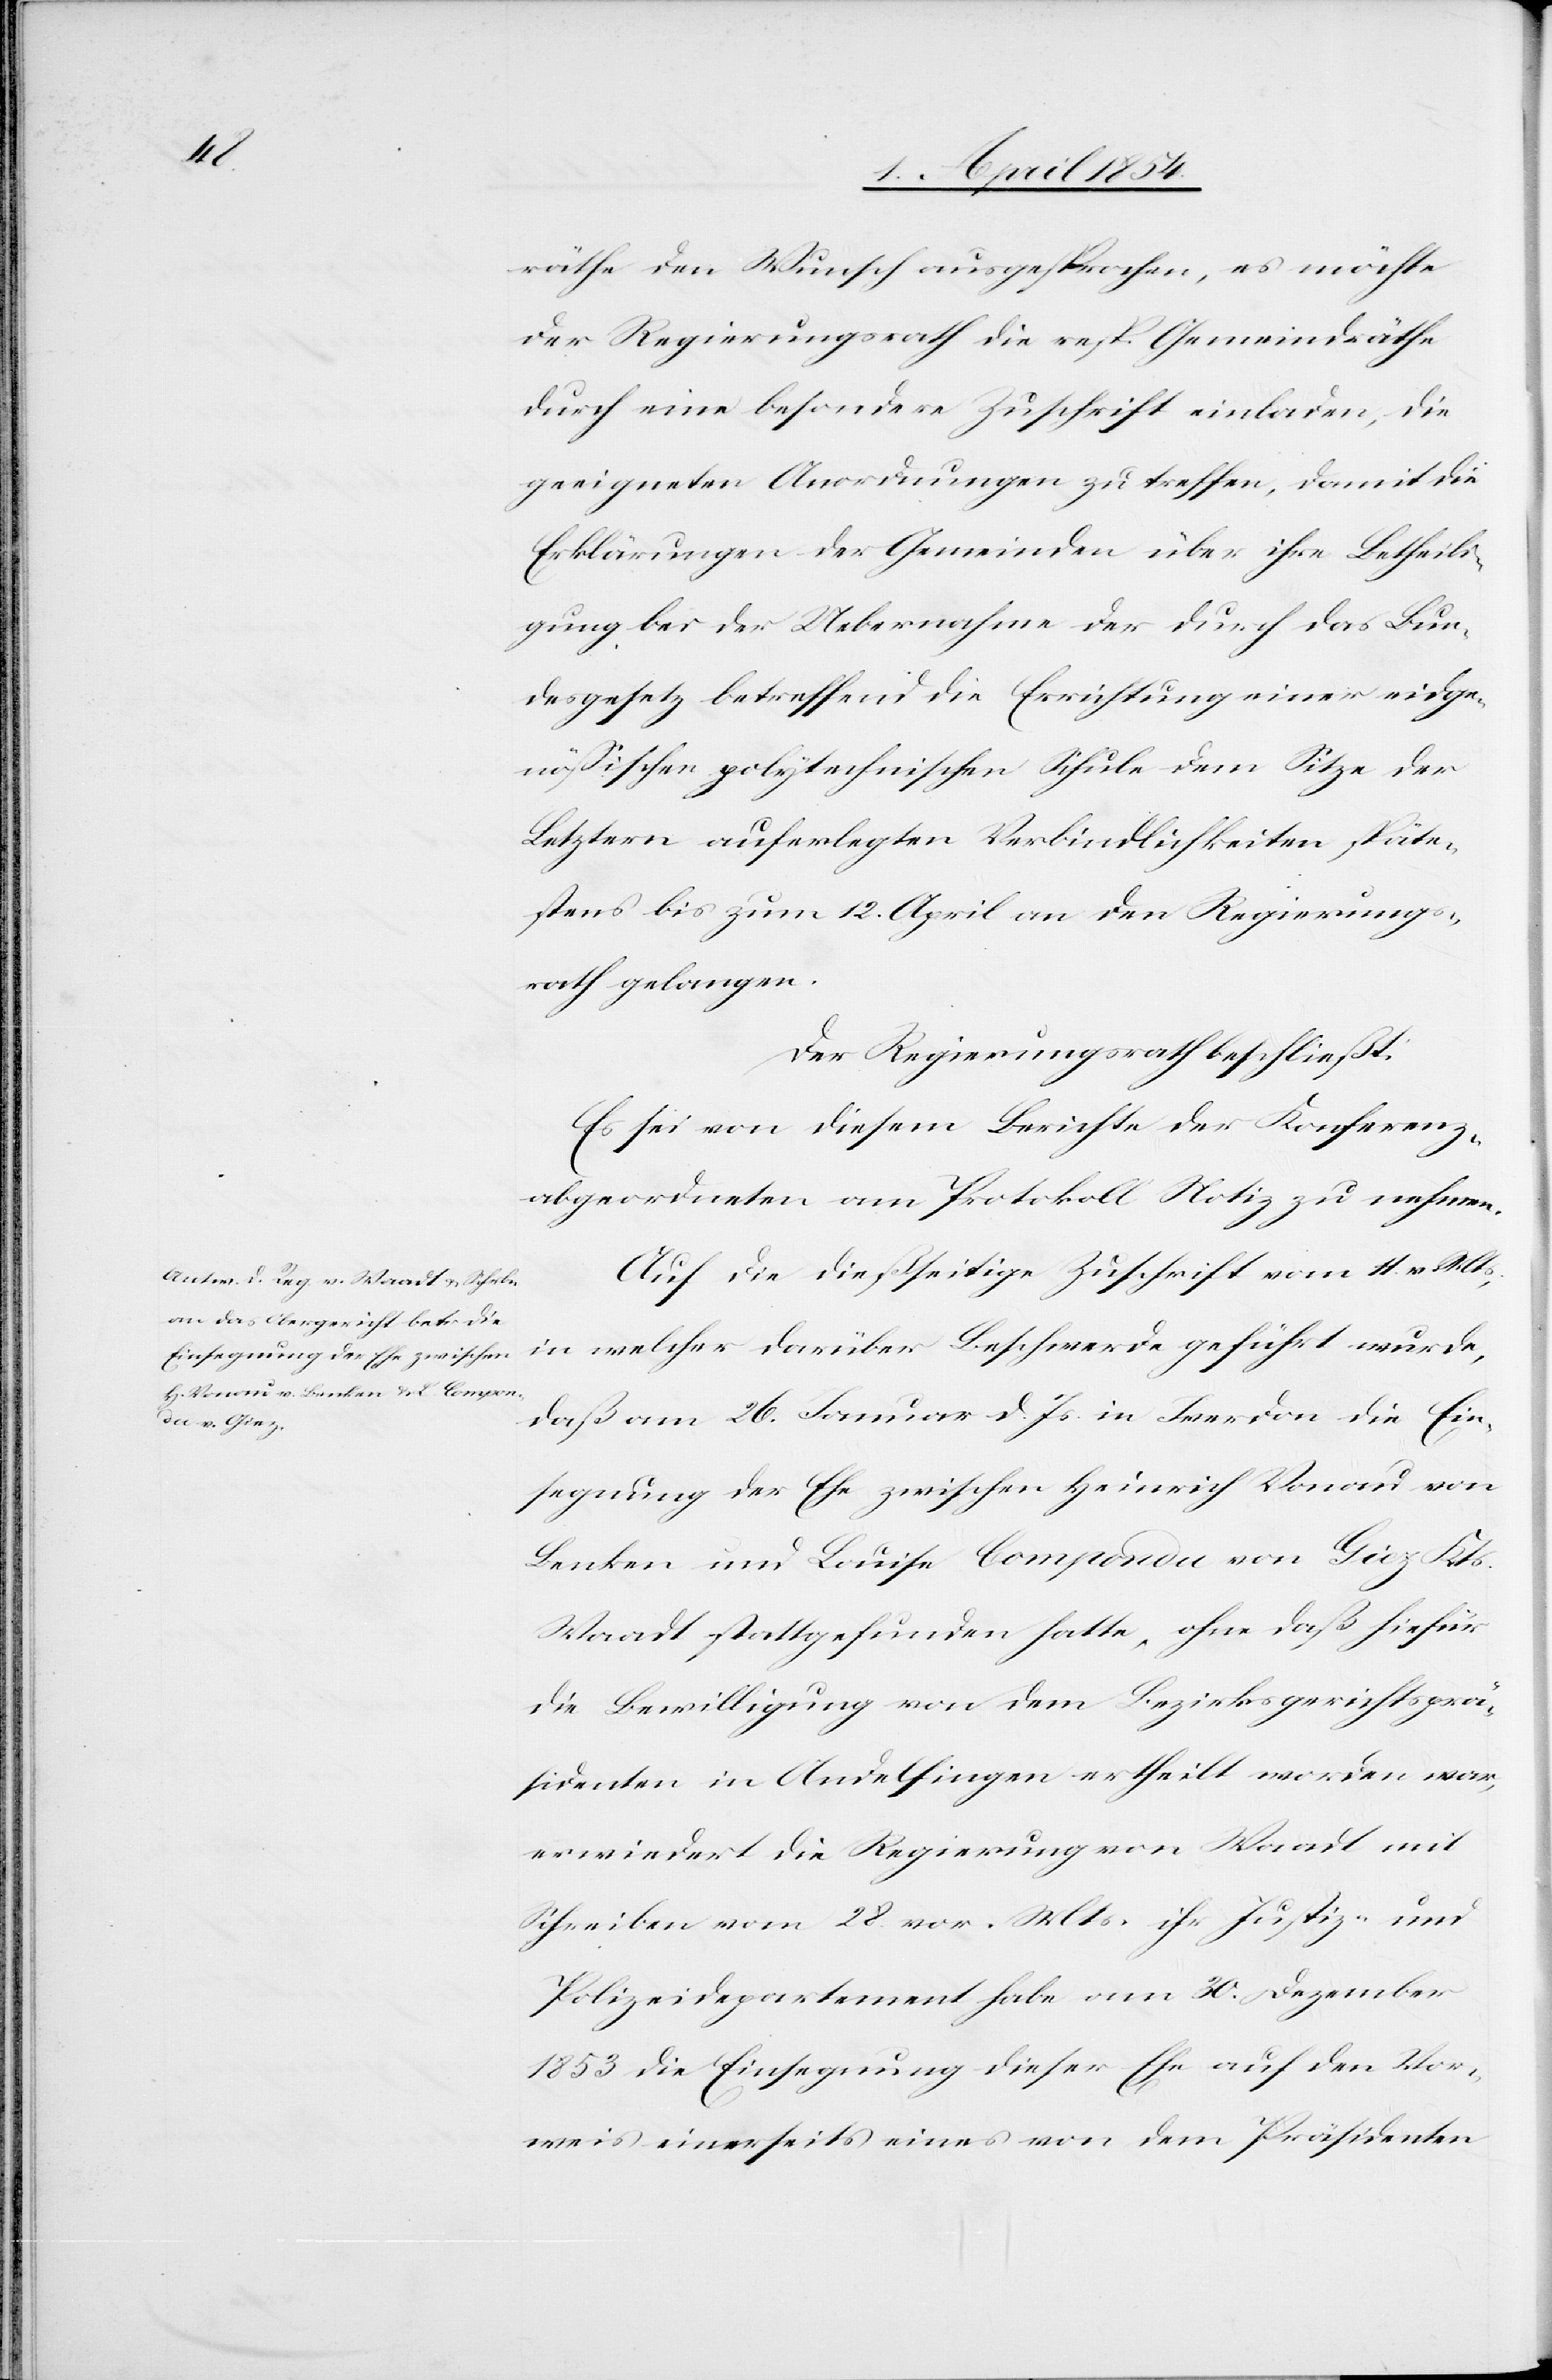
räthe den Wunsch ausgesprochen, es möchte
der Regierungsrath die resp. Gemeindräthe
durch eine besondere Zuschrift einladen, die
geeigneten Anordnungen zu treffen, damit die
Erklärungen der Gemeinden über ihre Betheili¬
gung bei der Uebernahme der durch das Bun¬
desgesetz betreffend die Errichtung einer eidge¬
nößischen polytechnischen Schule dem Sitze der
Letztern auferlegten Verbindlichkeiten späte¬
stens bis zum 12. April an den Regierungs¬
rath gelangen.
Der Regierungsrath beschließt:
Es sei von diesem Berichte der Konferenz¬
abgeordneten am Protokoll Notiz zu nehmen.
Auf die dießseitige Zuschrift vom 11. v. Mts.,
in welcher darüber Beschwerde geführt wurde,
daß am 26. Januar d. Js. in Iverdon die Ein¬
segnung der Ehe zwischen Heinrich Vonau von
Benken und Louise Componda von Giez Kts.
Waadt stattgefunden hatte, ohne daß hiefür
die Bewilligung von dem Bezirksgerichtsprä¬
sidenten in Andelfingen ertheilt worden war,
erwiedert die Regierung von Waadt mit
Schreiben vom 28. vor. Mts. ihr Justiz- und
Polizeidepartement habe am 30. Dezember
1853 die Einsegnung dieser Ehe auf den Vor¬
weis einerseits eines von dem Präsidenten